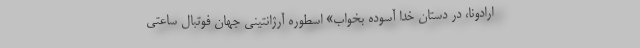
ارادونا، در دستان خدا آسوده بخواب» اسطوره آرژانتینی جهان فوتبال ساعتی